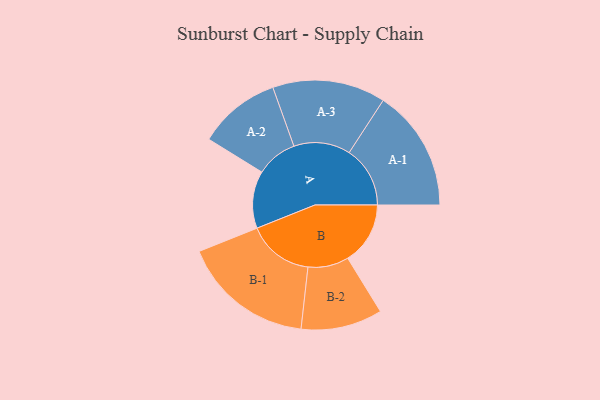
{"axis": {"x": "Segment", "y": "Value"}, "legend": ["", "A", "B"], "data": [{"x": "A", "y": 221, "type": ""}, {"x": "B", "y": 241, "type": ""}, {"x": "A-1", "y": 235, "type": "A"}, {"x": "A-2", "y": 159, "type": "A"}, {"x": "A-3", "y": 218, "type": "A"}, {"x": "B-1", "y": 255, "type": "B"}, {"x": "B-2", "y": 157, "type": "B"}]}